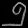
Digit: ၅